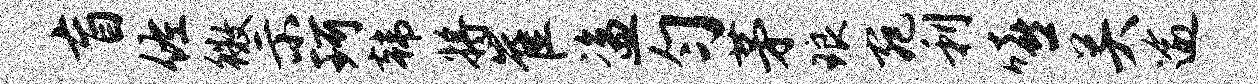
盲佐徽示珂韩将崔盗匀茅琅宛利嘻关逾